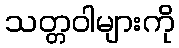
သတ္တဝါများကို